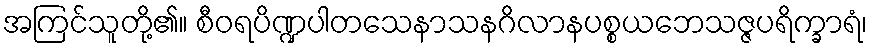
အကြင်သူတို့၏။ စီဝရပိဏ္ဍပါတသေနာသနဂိလာနပစ္စယဘေသဇ္ဇပရိက္ခာရံ၊